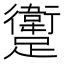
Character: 躗